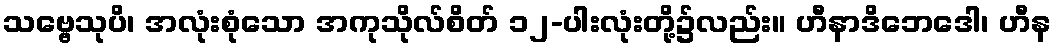
သဗ္ဗေသုပိ၊ အလုံးစုံသော အကုသိုလ်စိတ် ၁၂-ပါးလုံးတို့၌လည်း။ ဟီနာဒိဘေဒေါ၊ ဟီန